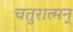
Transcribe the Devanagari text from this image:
चतुरात्मन्